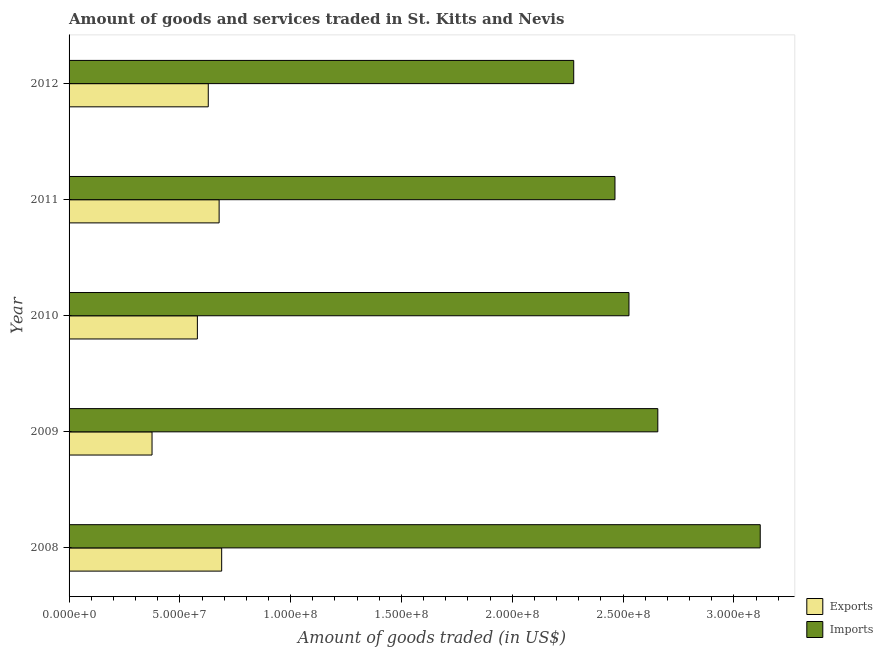
| Year | Exports | Imports |
 | --- | --- | --- |
 | 2008 | 6.89e+07 | 3.12e+08 |
 | 2009 | 3.74e+07 | 2.66e+08 |
 | 2010 | 5.79e+07 | 2.53e+08 |
 | 2011 | 6.77e+07 | 2.46e+08 |
 | 2012 | 6.28e+07 | 2.28e+08 |